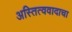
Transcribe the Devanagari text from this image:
अस्तित्ववादाचा